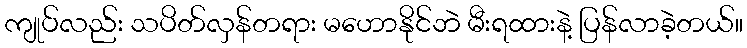
ကျုပ်လည်း သပိတ်လှန်တရား မဟောနိုင်ဘဲ မီးရထားနဲ့ ပြန်လာခဲ့တယ်။